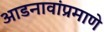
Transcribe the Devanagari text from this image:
आडनावांप्रमाणे